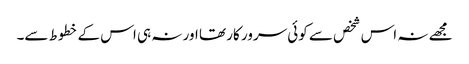
مجھے نہ اس شخص سے کوئی سرور کار تھا اور نہ ہی اس کے خطوط سے۔